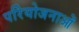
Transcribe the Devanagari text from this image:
परिेयोजनाओं